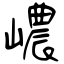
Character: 嶩